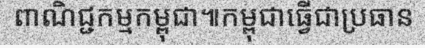
ពាណិជ្ជកម្មកម្ពុជា៕កម្ពុជាធ្វើជាប្រធាន